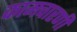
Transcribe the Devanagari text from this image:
कामचारणी